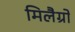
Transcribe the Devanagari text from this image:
मिलैग्रो